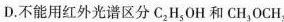
D.不能用红外光谱区分C_{2}H_{5}OH和CH_{3}OCH_{3}